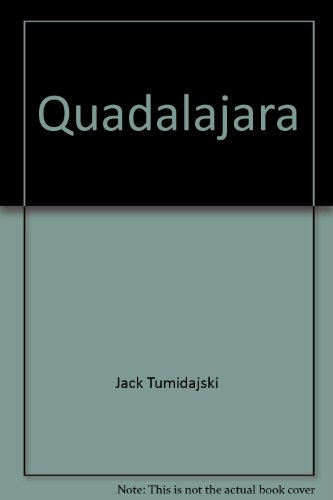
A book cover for Quadalajara: The Utopia That Once Was; Jack Tumidajski; Health, Fitness & Dieting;